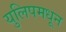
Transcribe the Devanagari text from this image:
युलिपमधून